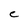
Character: C